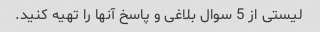
لیستی از 5 سوال بلاغی و پاسخ آنها را تهیه کنید.